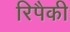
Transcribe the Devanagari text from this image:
रिपैकी